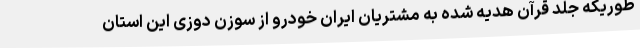
طوریکه جلد قرآن هدیه شده به مشتریان ایران خودرو از سوزن دوزی این استان